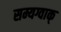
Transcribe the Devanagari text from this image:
सम्यग्वाक्